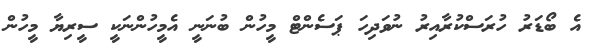
އެ ބޯޑަރު ހުރަސްކުރާއިރު ނުވަދިހަ ޕަސެންޓް މީހުން ބުނަނީ އެމީހުންނަކީ ސީރިޔާ މީހުން